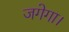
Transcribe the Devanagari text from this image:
जगेगा।